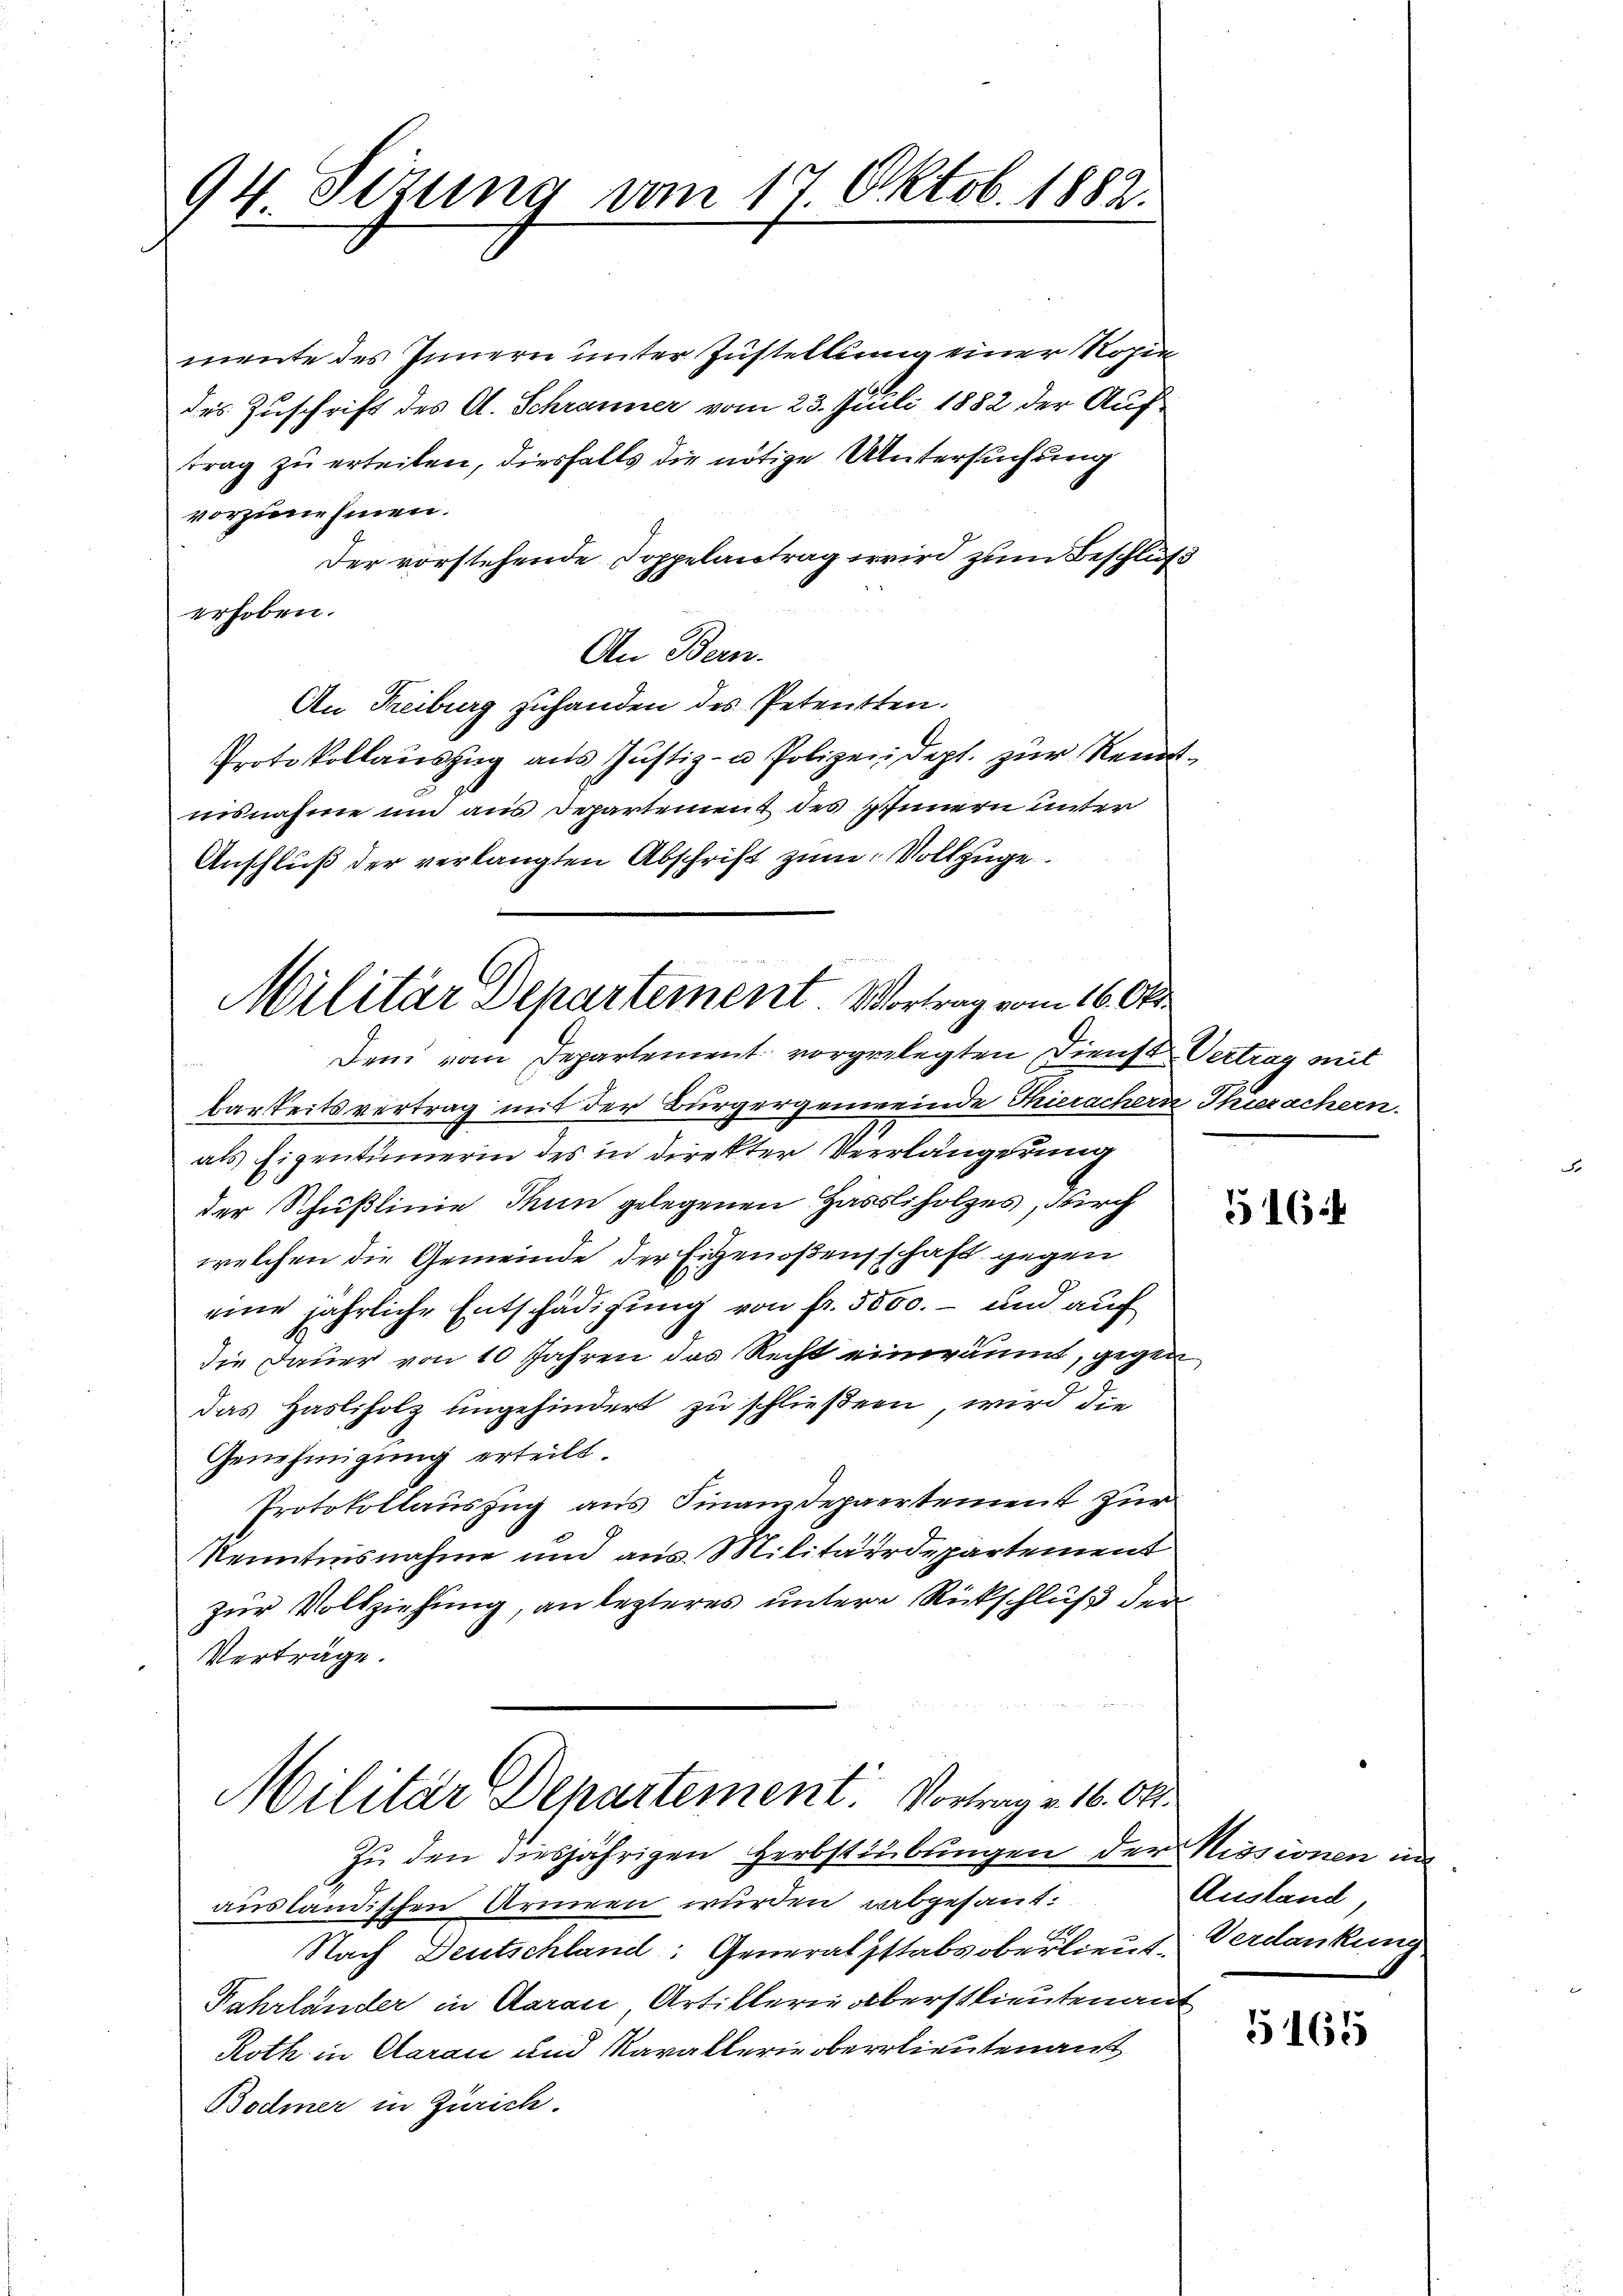
94 Sizung am 17 Oktob. 1882.

mente des Innern unter Zustellung einer Rosie
des Zuschrift des A. Schranner vom 23. Juli 1882 der Auftrag zu erteilen, diesfalls die nötige Untersuchung
vorzunehmen.
Der vorstehende Doppelantrag wird zum Beschluß
erhoben.
An Bern.
An Freiburg zuhanden des Petenten.
Protokollauszug aus Justiz- u Polizei, dept. zur Rennt¬
C
nisnahme und aus Departement des Innern unter
Anschluß der verlangten Abschrift zum Vollzuge
Dem vom Departement vorgelegten Dienst Vertrag mit
barkeitsvertrag mit der Bürgergemeinde Thierachern Thierachern.
als Eigentümerin des in direkter Verlängerung
der Schußlinie Thun gelegenen Hassliholzes, durch
welchen die Gemeinde der Eigenoßenschaft gegen
eine jährliche Entschädigung von fr. 5000. – und auf
die Dauer von 10 Jahren das Recht eineräumt, gegen
das Hasliholz ungehindert zu schließern, wird die
Genehmigung erteilt.
Protokollauszug aus Finanzdepartement zur
Kenntnisnahme und aus Militärdepartement
zur Vollziehung, an lezteres untere Rückschluß den
Verträge.
Militär Departement. Vortrag v. 16. Okt
Zŭ den diesjährigen Herbstübungen der Kissionen im
ausländischen Armeen wurden abgesant.
Nach Deutschland: Generalsstabsoberlieut. Verdankung
Fahrländer in Aarau Artiklerie aberstlieutenant
Roth in Claran und Marakterien oberlieutenan
Bodmer in Zürich.

Militär Departement. Vortrag vom 16. Okt

5164

Ausland

5165